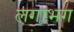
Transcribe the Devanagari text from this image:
लगाभग